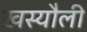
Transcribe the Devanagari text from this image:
खस्यौली